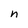
Character: n